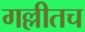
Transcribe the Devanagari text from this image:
गल्लीतच